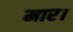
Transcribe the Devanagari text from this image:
मार।